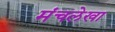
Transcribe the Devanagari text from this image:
मंचलेखा